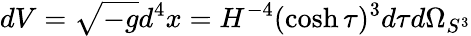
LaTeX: dV=\sqrt{-g}d^{4}x=H^{-4}(\cosh\tau)^{3}d\tau d\Omega_{S^{3}}